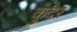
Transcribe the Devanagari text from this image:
कुंदेर